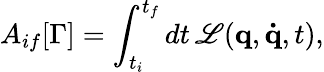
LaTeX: A_{if}[\Gamma]=\int_{t_{i}}^{t_{f}}dt\, \mathscr{L}(\mathbf{{q}},\mathbf{{\dot{{q}}}},t),